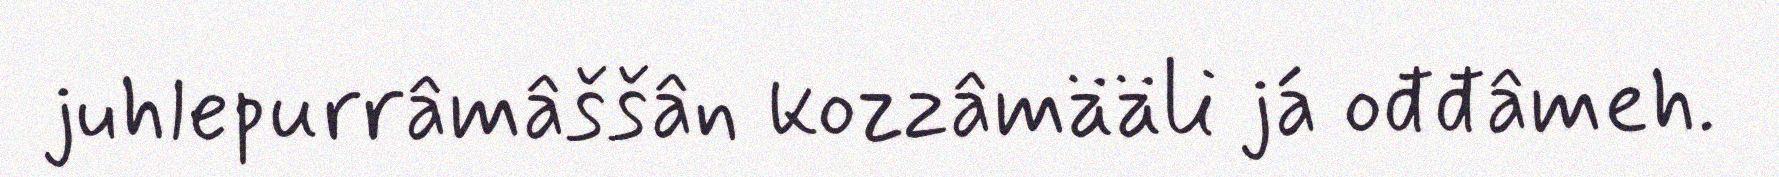
juhlepurrâmâššân kozzâmääli já ođđâmeh.